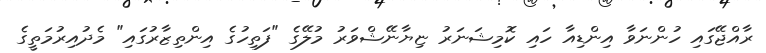
ރާއްޖޭގައި ހުންނަވާ އިންޑިއާ ހައި ކޮމިޝަނަރު ޏިޔާނޭޝްވަރު މުލޭގެ "ފަތިހުގެ އިންތިޒާރުގައި" މެދުއިރުމަތީގެ